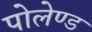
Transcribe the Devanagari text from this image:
पोलेण्ड